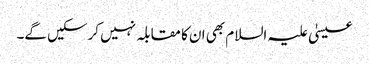
عیسیٰ علیہ السلام بھی ان کا مقابلہ نہیں کرسکیں گے۔